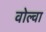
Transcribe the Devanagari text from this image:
वोल्वा